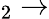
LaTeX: _2\to